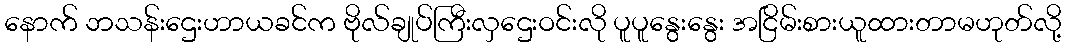
နောက် ဘသန်းဌေးဟာယခင်က ဗိုလ်ချုပ်ကြီးလှဌေးဝင်းလို ပူပူနွေးနွေး အငြိမ်းစားယူထားတာမဟုတ်လို့